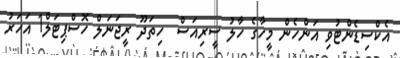
އެކްސިޑެންޓުވި އަންހެން މީހާގެ ހާލު ސީރިއަސް  ހިތަދޫ ރީޖަނަލް ހޮސްޕިޓަލް1 އަހަރު